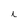
Character: i